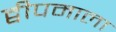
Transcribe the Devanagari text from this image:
द्वीपमाला